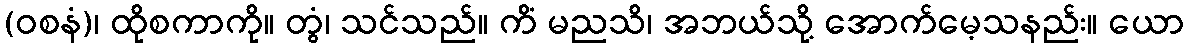
(ဝစနံ)၊ ထိုစကာကို။ တွံ၊ သင်သည်။ ကိံ မညသိ၊ အဘယ်သို့ အောက်မေ့သနည်း။ ယော